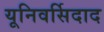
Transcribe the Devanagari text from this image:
यूनिवर्सिदाद